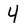
Character: 4